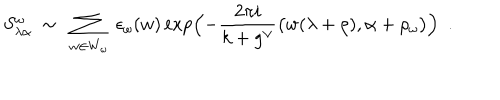
LaTeX: S _ { \lambda \alpha } ^ { \omega } \ \sim \ \sum _ { w \in W _ { \omega } } \ \epsilon _ { \omega } ( w ) \exp \Bigl ( - \frac { 2 \pi i } { k + g ^ { \vee } } \bigl ( w ( \lambda + \rho ) , \alpha + \rho _ { \omega } \bigr ) \Bigr ) \ \ .